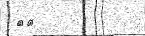
٦٥